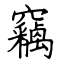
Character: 竊